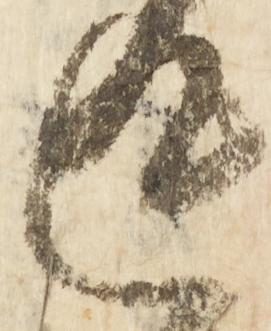
返